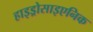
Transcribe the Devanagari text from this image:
हाइड्रोसाइएनिक